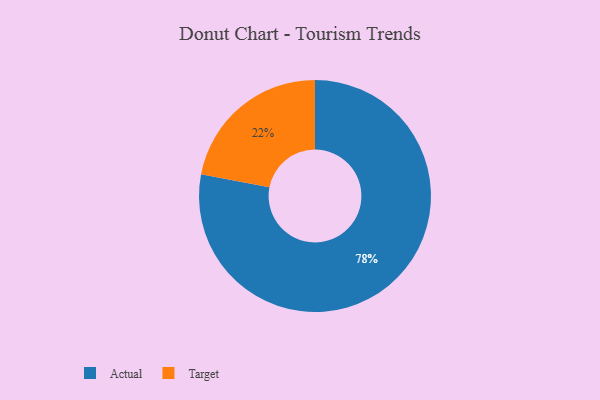
{"axis": {"x": "Category", "y": "Percentage"}, "legend": ["Actual", "Target"], "data": [{"x": "Actual", "y": 78, "type": "Actual"}, {"x": "Target", "y": 22, "type": "Target"}]}